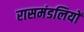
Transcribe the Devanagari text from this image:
रासमंडलियों